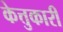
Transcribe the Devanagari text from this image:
केत्तुकारी